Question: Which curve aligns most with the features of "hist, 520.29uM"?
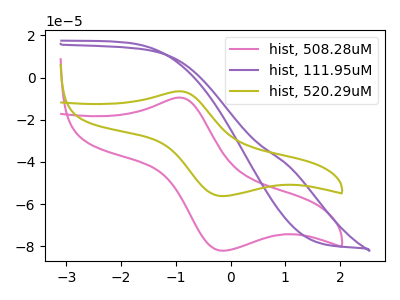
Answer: <think>The pink curve "hist, 508.28uM" has an anodic peak at (-0.90V, -9.45uA) and a cathodic peak at (-0.15V, -82.15uA). The purple curve "hist, 111.95uM" has no peaks. The olive curve "hist, 520.29uM" has an anodic peak at (-0.90V, -6.50uA) and a cathodic peak at (-0.15V, -56.20uA).
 "hist, 508.28uM" and "hist, 111.95uM" have a different number of peaks. All the peaks in "hist, 508.28uM" have a peak in "hist, 520.29uM" at the same potential. "hist, 111.95uM" and "hist, 520.29uM" have a different number of peaks.</think>
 <answer>The CV with the most similar shape to "hist, 508.28uM" is "hist, 520.29uM".</answer>
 <eval>"hist, 520.29uM"</eval>